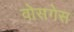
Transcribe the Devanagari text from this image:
वोसगेस